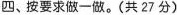
四、按要求做一做。(共27分)